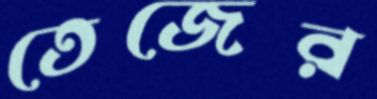
তেজের